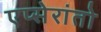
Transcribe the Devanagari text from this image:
एप्सेरांतो